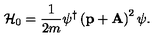
{ \cal H } _ { 0 } = { \frac { 1 } { 2 m } } \psi ^ { \dag } \left( \mathrm { \bf p } + \mathrm { \bf A } \right) ^ { 2 } \psi .